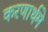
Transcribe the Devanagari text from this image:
करणार्थमे